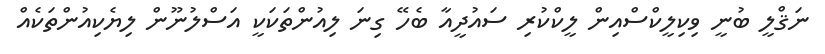
ނަޤްލީ ބުނީ ވިކިލީކްސްއިން ލީކްކުރި ސައުދީއާ ބެހޭ ގިނަ ލިއުންތަކަކީ އަސްލުނޫން ލިޔެކިއުންތަކެއް